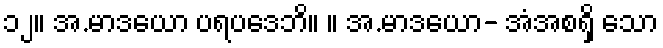
၁၂။ အ.မာဒယော ပရပဒေဘိ။ ။ အ.မာဒယော- အံအစရှိ သော